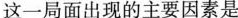
这一局面出现的主要因素是